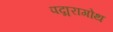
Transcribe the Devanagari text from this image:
पद्मरागोथ